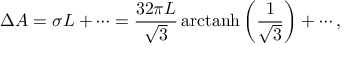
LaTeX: \Delta A = \sigma L + \cdots = \frac { 3 2 \pi L } { \sqrt { 3 } } \, \mathrm { a r c t a n h } \left( \frac { 1 } { \sqrt { 3 } } \right) + \cdots ,